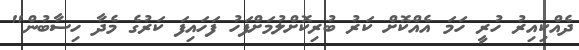
ދެއްކިއިރު ހުރީ ހަމަ އެއްކޮށް ކަރު ބުރިކޮށްލުމަށްފަހު ފަހައިފަ ކަރުގެ މެދާ ހިސާބުން"